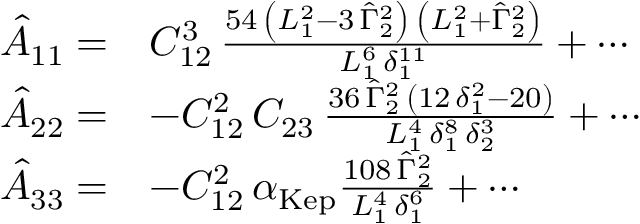
\begin{array} { r l } { \hat { A } _ { 1 1 } = } & { C _ { 1 2 } ^ { 3 } \, { \frac { 5 4 \, \left( L _ { 1 } ^ { 2 } - 3 \, \hat { \Gamma } _ { 2 } ^ { 2 } \right) \, \left( L _ { 1 } ^ { 2 } + \hat { \Gamma } _ { 2 } ^ { 2 } \right) } { L _ { 1 } ^ { 6 } \, \delta _ { 1 } ^ { 1 1 } } } + \cdots } \\ { \hat { A } _ { 2 2 } = } & { - C _ { 1 2 } ^ { 2 } \, C _ { 2 3 } \, { \frac { 3 6 \, \hat { \Gamma } _ { 2 } ^ { 2 } \, \left( 1 2 \, \delta _ { 1 } ^ { 2 } - 2 0 \right) } { L _ { 1 } ^ { 4 } \, \delta _ { 1 } ^ { 8 } \, \delta _ { 2 } ^ { 3 } } } + \cdots } \\ { \hat { A } _ { 3 3 } = } & { - C _ { 1 2 } ^ { 2 } \, \alpha _ { \mathrm { K e p } } \frac { 1 0 8 \, \hat { \Gamma } _ { 2 } ^ { 2 } } { L _ { 1 } ^ { 4 } \, \delta _ { 1 } ^ { 6 } } + \cdots } \end{array}